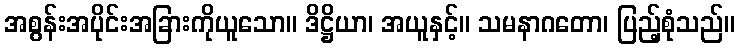
အစွန်းအပိုင်းအခြားကိုယူသော။ ဒိဋ္ဌိယာ၊ အယူနှင့်။ သမနာဂတော၊ ပြည့်စုံသည်။